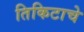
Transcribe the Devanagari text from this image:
तिकिटाचे